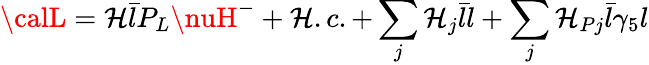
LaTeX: {\calL}=\mathcal{H}\bar{{l}}P_{L}\nuH^{-}+\mathcal{H}.c.+\sum_{j}\mathcal{H}_{j}\bar{{l}}l+\sum_{j}\mathcal{H}_{Pj}\bar{{l}}\gamma_{5}l